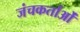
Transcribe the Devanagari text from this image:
जंचकर्ताओं